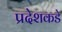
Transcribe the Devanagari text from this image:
प्रदेशकडे